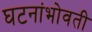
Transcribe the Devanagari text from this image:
घटनांभोवती